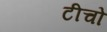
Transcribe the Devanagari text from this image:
टीचो